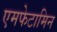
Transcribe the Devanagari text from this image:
एमफेटामिन